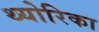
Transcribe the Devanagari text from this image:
थ्योरिका